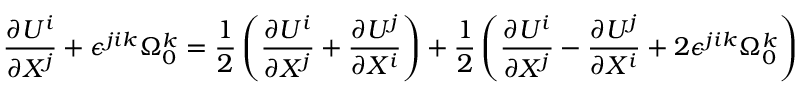
\frac { \partial U ^ { i } } { \partial X ^ { j } } + \epsilon ^ { j i k } \Omega _ { 0 } ^ { k } = \frac { 1 } { 2 } \left( { \frac { \partial U ^ { i } } { \partial X ^ { j } } + \frac { \partial U ^ { j } } { \partial X ^ { i } } } \right) + \frac { 1 } { 2 } \left( { \frac { \partial U ^ { i } } { \partial X ^ { j } } - \frac { \partial U ^ { j } } { \partial X ^ { i } } + 2 \epsilon ^ { j i k } \Omega _ { 0 } ^ { k } } \right)